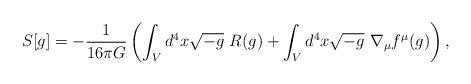
LaTeX: \begin{align*}S[g]=-\frac{1}{16\pi G}\left(\int_{V} d^{4}x \sqrt{-g}~ R (g)+\int _{V}d^{4}x \sqrt{-g}~\nabla _{\mu}f^{\mu}(g)\right), \end{align*}